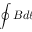
\oint B d \ell